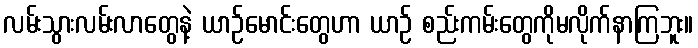
လမ်းသွားလမ်းလာတွေနဲ့ ယာဉ်မောင်းတွေဟာ ယာဉ် စည်းကမ်းတွေကိုမလိုက်နာကြဘူး။